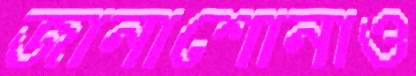
জানাশোনাও